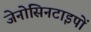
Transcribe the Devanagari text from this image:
जेनोसिनटाइपों